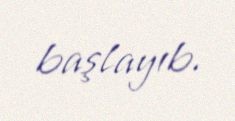
başlayıb.